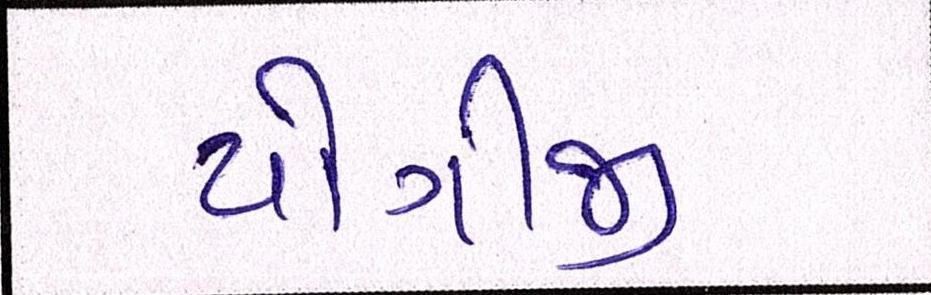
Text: યોગીજી